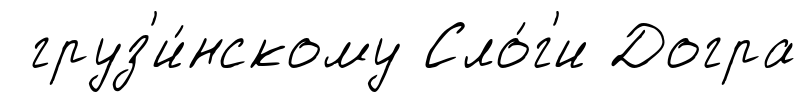
груз'и́нскому Сло́г'и Догра